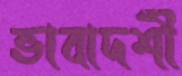
ভাবাদর্শী